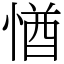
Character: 㥢